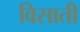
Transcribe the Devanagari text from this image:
विसाती